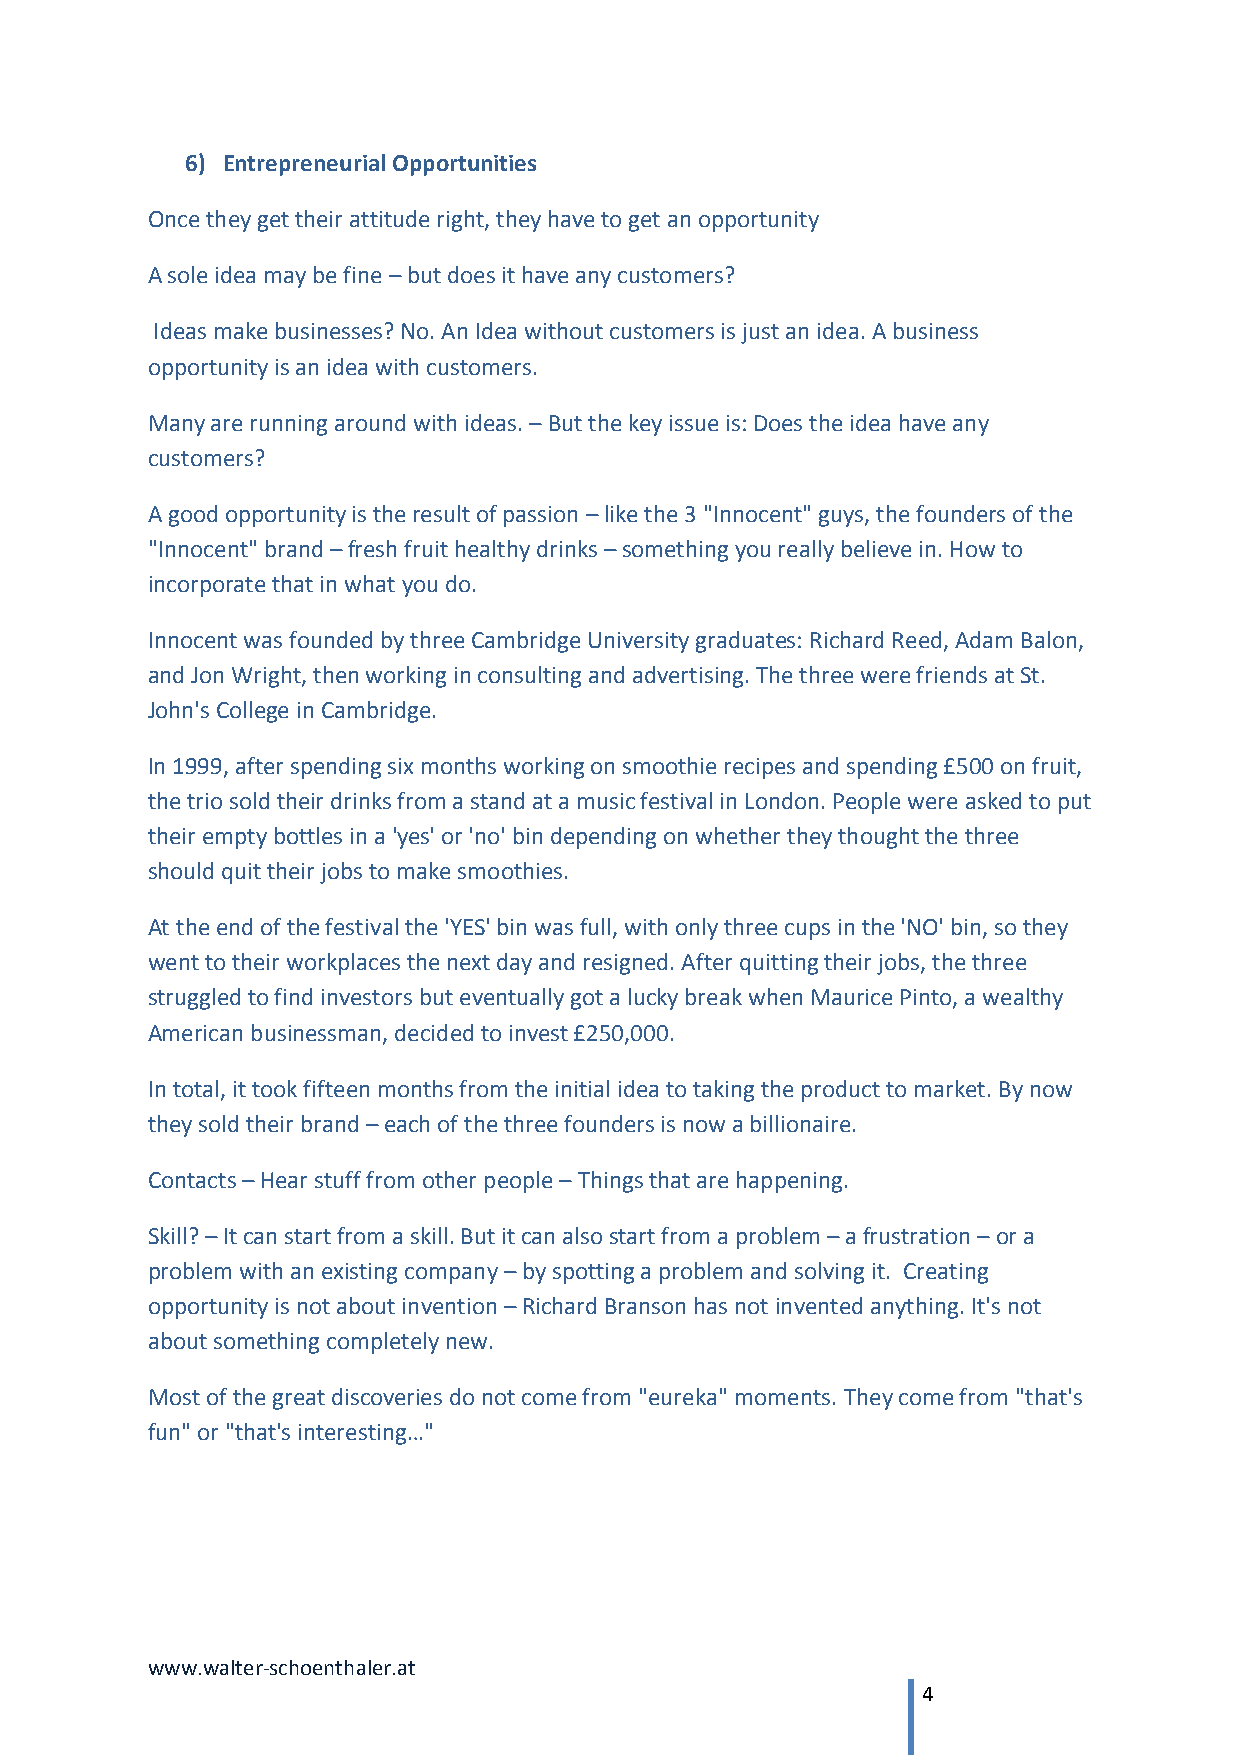
6) Entrepreneurial Opportunities
 Once they get their attitude right, they have to get an opportunity
 A sole idea may be fine – but does it have any customers?
 Ideas make businesses? No. An Idea without customers is just an idea. A business
 opportunity is an idea with customers.
 Many are running around with ideas. – But the key issue is: Does the idea have any
 customers?
 A good opportunity is the result of passion – like the 3 "Innocent" guys, the founders of the
 "Innocent" brand – fresh fruit healthy drinks – something you really believe in. How to
 incorporate that in what you do.
 Innocent was founded by three Cambridge University graduates: Richard Reed, Adam Balon,
 and Jon Wright, then working in consulting and advertising. The three were friends at St.
 John's College in Cambridge.
 In 1999, after spending six months working on smoothie recipes and spending £500 on fruit,
 the trio sold their drinks from a stand at a music festival in London. People were asked to put
 their empty bottles in a 'yes' or 'no' bin depending on whether they thought the three
 should quit their jobs to make smoothies.
 At the end of the festival the 'YES' bin was full, with only three cups in the 'NO' bin, so they
 went to their workplaces the next day and resigned. After quitting their jobs, the three
 struggled to find investors but eventually got a lucky break when Maurice Pinto, a wealthy
 American businessman, decided to invest £250,000.
 In total, it took fifteen months from the initial idea to taking the product to market. By now
 they sold their brand – each of the three founders is now a billionaire.
 Contacts – Hear stuff from other people – Things that are happening.
 Skill? – It can start from a skill. But it can also start from a problem – a frustration – or a
 problem with an existing company – by spotting a problem and solving it. Creating
 opportunity is not about invention – Richard Branson has not invented anything. It's not
 about something completely new.
 Most of the great discoveries do not come from "eureka" moments. They come from "that's
 fun" or "that's interesting…"
 www.walter-schoenthaler.at
 4